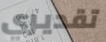
تقديري